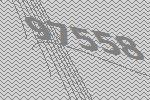
97558